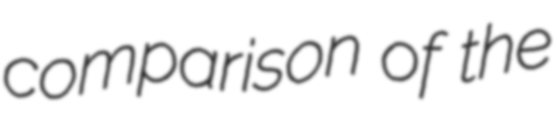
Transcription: comparison of the